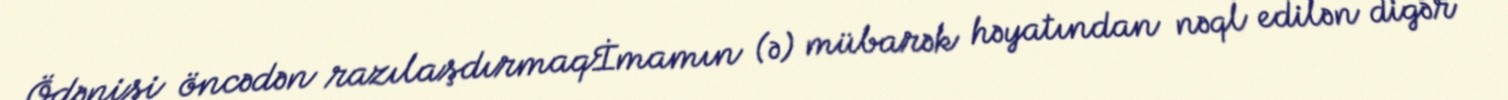
Ödənişi öncədən razılaşdırmaqİmamın (ə) mübarək həyatından nəql edilən digər